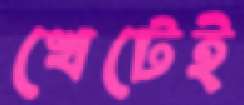
খেটেই